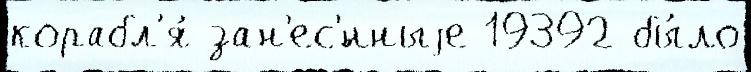
корабл'я́ зан'ес'́нныjе 19392 бы́ло